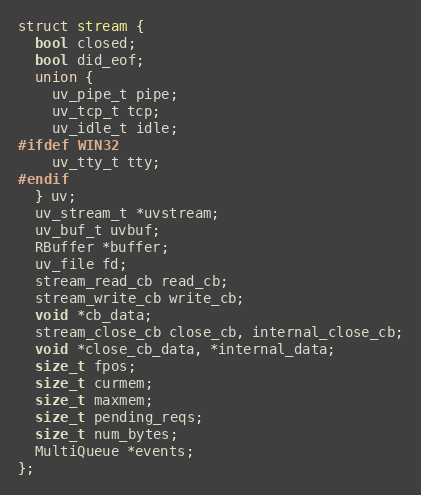
Language: C
struct stream {
  bool closed;
  bool did_eof;
  union {
    uv_pipe_t pipe;
    uv_tcp_t tcp;
    uv_idle_t idle;
#ifdef WIN32
    uv_tty_t tty;
#endif
  } uv;
  uv_stream_t *uvstream;
  uv_buf_t uvbuf;
  RBuffer *buffer;
  uv_file fd;
  stream_read_cb read_cb;
  stream_write_cb write_cb;
  void *cb_data;
  stream_close_cb close_cb, internal_close_cb;
  void *close_cb_data, *internal_data;
  size_t fpos;
  size_t curmem;
  size_t maxmem;
  size_t pending_reqs;
  size_t num_bytes;
  MultiQueue *events;
};